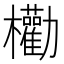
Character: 𣡒